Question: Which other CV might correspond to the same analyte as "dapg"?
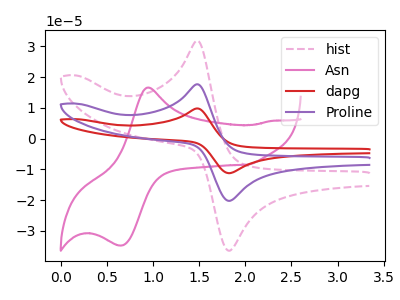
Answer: <think>The pink dashed curve "hist" has an anodic peak at (1.50V, 31.85uA) and a cathodic peak at (1.85V, -36.40uA). The pink curve "Asn" has an anodic peak at (0.95V, 16.60uA) and a cathodic peak at (0.65V, -34.75uA). The red curve "dapg" has an anodic peak at (1.50V, 35.35uA) and a cathodic peak at (1.85V, -40.40uA). The purple curve "Proline" has an anodic peak at (1.50V, 17.70uA) and a cathodic peak at (1.85V, -20.20uA).
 "hist" and "Asn" have at least one peak that do not match. All the peaks in "hist" have a peak in "dapg" at the same potential. Every peak in "hist" is lower than every peak in "dapg". All the peaks in "hist" have a peak in "Proline" at the same potential. Every peak in "hist" is higher than every peak in "Proline". "Asn" and "dapg" have at least one peak that do not match. "Asn" and "Proline" have at least one peak that do not match. All the peaks in "dapg" have a peak in "Proline" at the same potential. Every peak in "dapg" is higher than every peak in "Proline".</think>
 <answer>"dapg" and "Proline" have a similar shape to "hist".</answer>
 <eval>"dapg" "Proline"</eval>